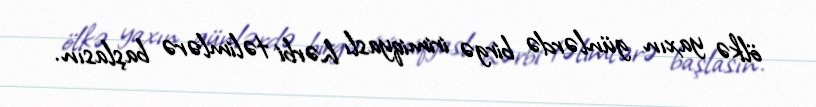
ölkə yaxın günlərdə birgə irimiqyaslı hərbi təlimlərə başlasın.